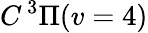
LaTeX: C\, {}^{3}\Pi(v=4)